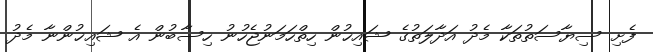
ފެށި ސިޔާސަތުތަކާ މެދު އަދާލަތުގެ ޝައިޚުން ހިތްހަމަނުޖެހުނު ހިސާބުން އެ ޝައިޚުންނާ މެދު